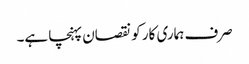
صرف ہماری کار کو نقصان پہنچا ہے۔